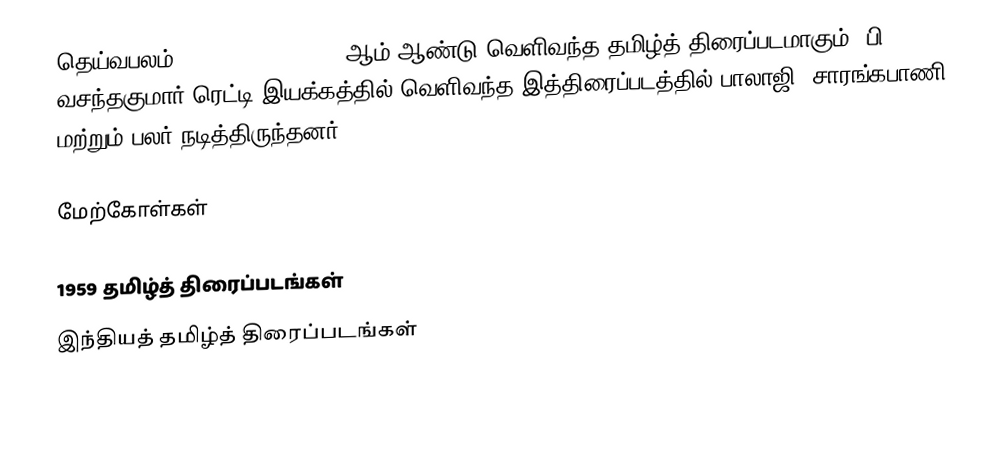
தெய்வபலம் (Deiva Balam) 1959 ஆம் ஆண்டு வெளிவந்த தமிழ்த் திரைப்படமாகும். பி. வசந்தகுமார் ரெட்டி இயக்கத்தில் வெளிவந்த இத்திரைப்படத்தில் பாலாஜி, சாரங்கபாணி மற்றும் பலர் நடித்திருந்தனர்.

மேற்கோள்கள்

1959 தமிழ்த் திரைப்படங்கள்
இந்தியத் தமிழ்த் திரைப்படங்கள்